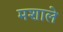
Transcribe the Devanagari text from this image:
मशाले